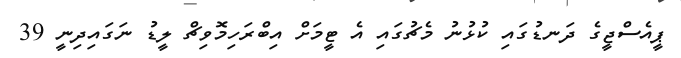
ޕީއެސްޖީގެ ދަނޑުގައި ކުޅުނު މެޗުގައި އެ ޓީމަށް އިބްރަހިމޮވިޗް ލީޑު ނަގައިދިނީ 39